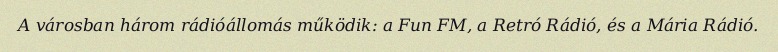
A városban három rádióállomás működik: a Fun FM, a Retró Rádió, és a Mária Rádió.